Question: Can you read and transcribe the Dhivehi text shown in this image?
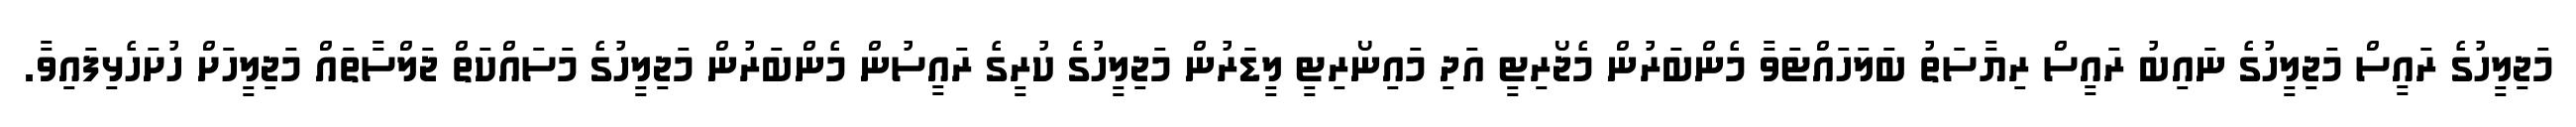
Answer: މަޖިލީހުގެ ރައީސް މަޖިލީހުގެ ނައިބު ރައީސް ރިޔާސަތު ބަލަހައްޓަވާ މެންބަރުން މެޖޯރިޓީ އަދި މައިނޯރިޓީ ލީޑަރުން މަޖިލީހުގެ ކުރީގެ ރައީސުން މެންބަރުން މަޖިލީހުގެ މަސައްކަތް ޖަލްސާތައް މަޖިލީހަށް ހުށަހެޅިފައިވާ.